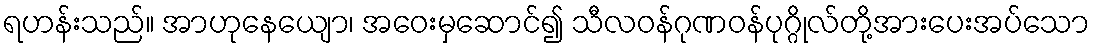
ရဟန်းသည်။ အာဟုနေယျော၊ အဝေးမှဆောင်၍ သီလဝန်ဂုဏဝန်ပုဂ္ဂိုလ်တို့အားပေးအပ်သော